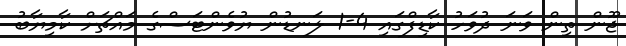
ޖޫން ތިން ވަނަ ދުވަހު ކާޑިފްގައި 4-1 ލަނޑުން ޔުވެންޓަސްގެ މައްޗަށް ކާމިޔާބު